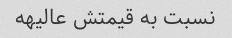
نسبت به قیمتش عالیهه